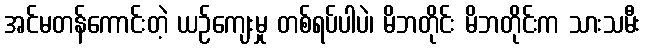
အင်မတန်ကောင်းတဲ့ ယဉ်ကျေးမှု တစ်ရပ်ပါပဲ၊ မိဘတိုင်း မိဘတိုင်းက သားသမီး